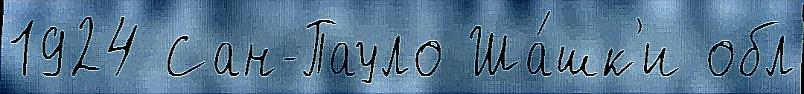
1924 Сан-Пауло Ша́шк'и обл